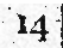
14